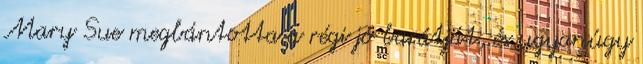
Mary Sue megbántotta a régi jó barátját, és ugyanúgy